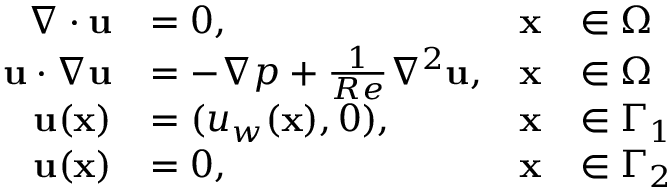
\begin{array} { r l r l } { \nabla \cdot { \mathbf { u } } } & { = 0 , } & { \mathbf { x } } & { \in \Omega } \\ { { \mathbf { u } } \cdot \nabla { \mathbf { u } } } & { = - \nabla p + \frac { 1 } { R e } { \nabla ^ { 2 } } { \mathbf { u } } , } & { \mathbf { x } } & { \in \Omega } \\ { \mathbf { u } ( \mathbf { x } ) } & { = ( u _ { w } ( \mathbf { x } ) , 0 ) , } & { \mathbf { x } } & { \in \Gamma _ { 1 } } \\ { \mathbf { u } ( \mathbf { x } ) } & { = 0 , } & { \mathbf { x } } & { \in \Gamma _ { 2 } } \end{array}